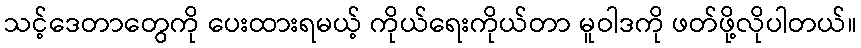
သင့်ဒေတာတွေကို ပေးထားရမယ့် ကိုယ်ရေးကိုယ်တာ မူဝါဒကို ဖတ်ဖို့လိုပါတယ်။